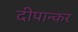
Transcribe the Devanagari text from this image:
दीपान्कर